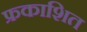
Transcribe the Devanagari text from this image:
फ्रकाशित